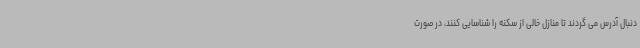
دنبال آدرس می گردند تا منازل خالی از سکنه را شناسایی کنند، در صورت